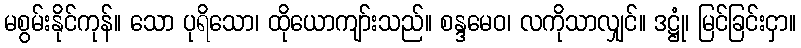
မစွမ်းနိုင်ကုန်။ သော ပုရိသော၊ ထိုယောကျာ်းသည်။ စန္ဒမေဝ၊ လကိုသာလျှင်။ ဒဋ္ဌုံ၊ မြင်ခြင်းငှာ။